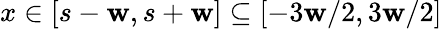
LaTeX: x\in[s-\mathbf{w},s+\mathbf{w}]\subseteq[-3\mathbf{w}/2,3\mathbf{w}/2]